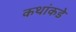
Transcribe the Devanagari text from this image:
कथांकडे